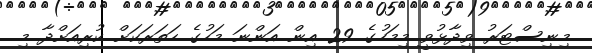
މިނިސްޓަރު ވިދާޅުވީ މިމަހުގެ 29 އިން އަންނަ މަހުގެ ހަތަރަކަށް ކުރިއަށްދާ މި